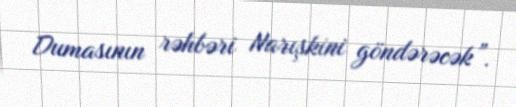
Dumasının rəhbəri Narışkini göndərəcək”.